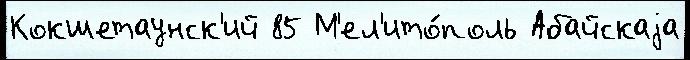
Кокшетаунск'ий 85 М'ел'ито́поль Абайскаjа